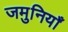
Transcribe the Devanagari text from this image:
जमुनियाँ